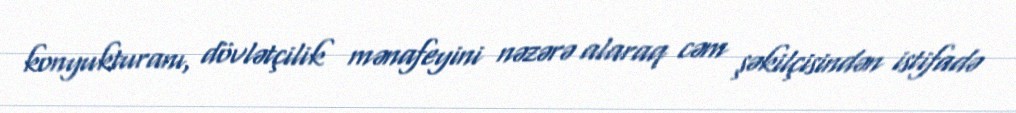
konyukturanı, dövlətçilik mənafeyini nəzərə alaraq cəm şəkilçisindən istifadə